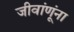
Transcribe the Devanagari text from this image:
जीवांणूंना